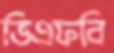
ভিএফবি